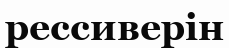
рессиверін